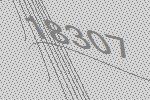
18307